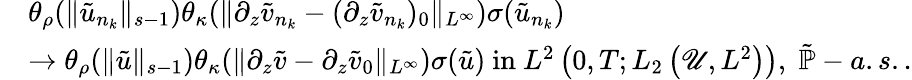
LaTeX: \begin{array}{rl}&{\theta_{\rho}(\| \tilde{u}_{n_{k}}\| _{s-1})\theta_{\kappa}(\| \partial_{z}\tilde{v}_{n_{k}}-(\partial_{z}\tilde{v}_{n_{k}})_{0}\| _{L^{\infty}})\sigma(\tilde{u}_{n_{k}})}\\ &{\to\theta_{\rho}(\| \tilde{u}\| _{s-1})\theta_{\kappa}(\| \partial_{z}\tilde{v}-\partial_{z}\tilde{v}_{0}\| _{L^{\infty}})\sigma(\tilde{u})\mathrm{~in~}L^{2}\left(0,T;L_{2}\left(\mathscr{U},L^{2}\right)\right),\; \tilde{\mathbb{P}}-a.s..}\end{array}